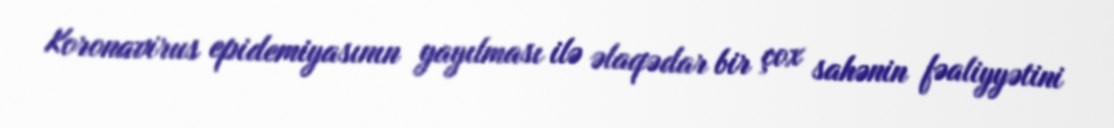
Koronavirus epidemiyasının yayılması ilə əlaqədar bir çox sahənin fəaliyyətini